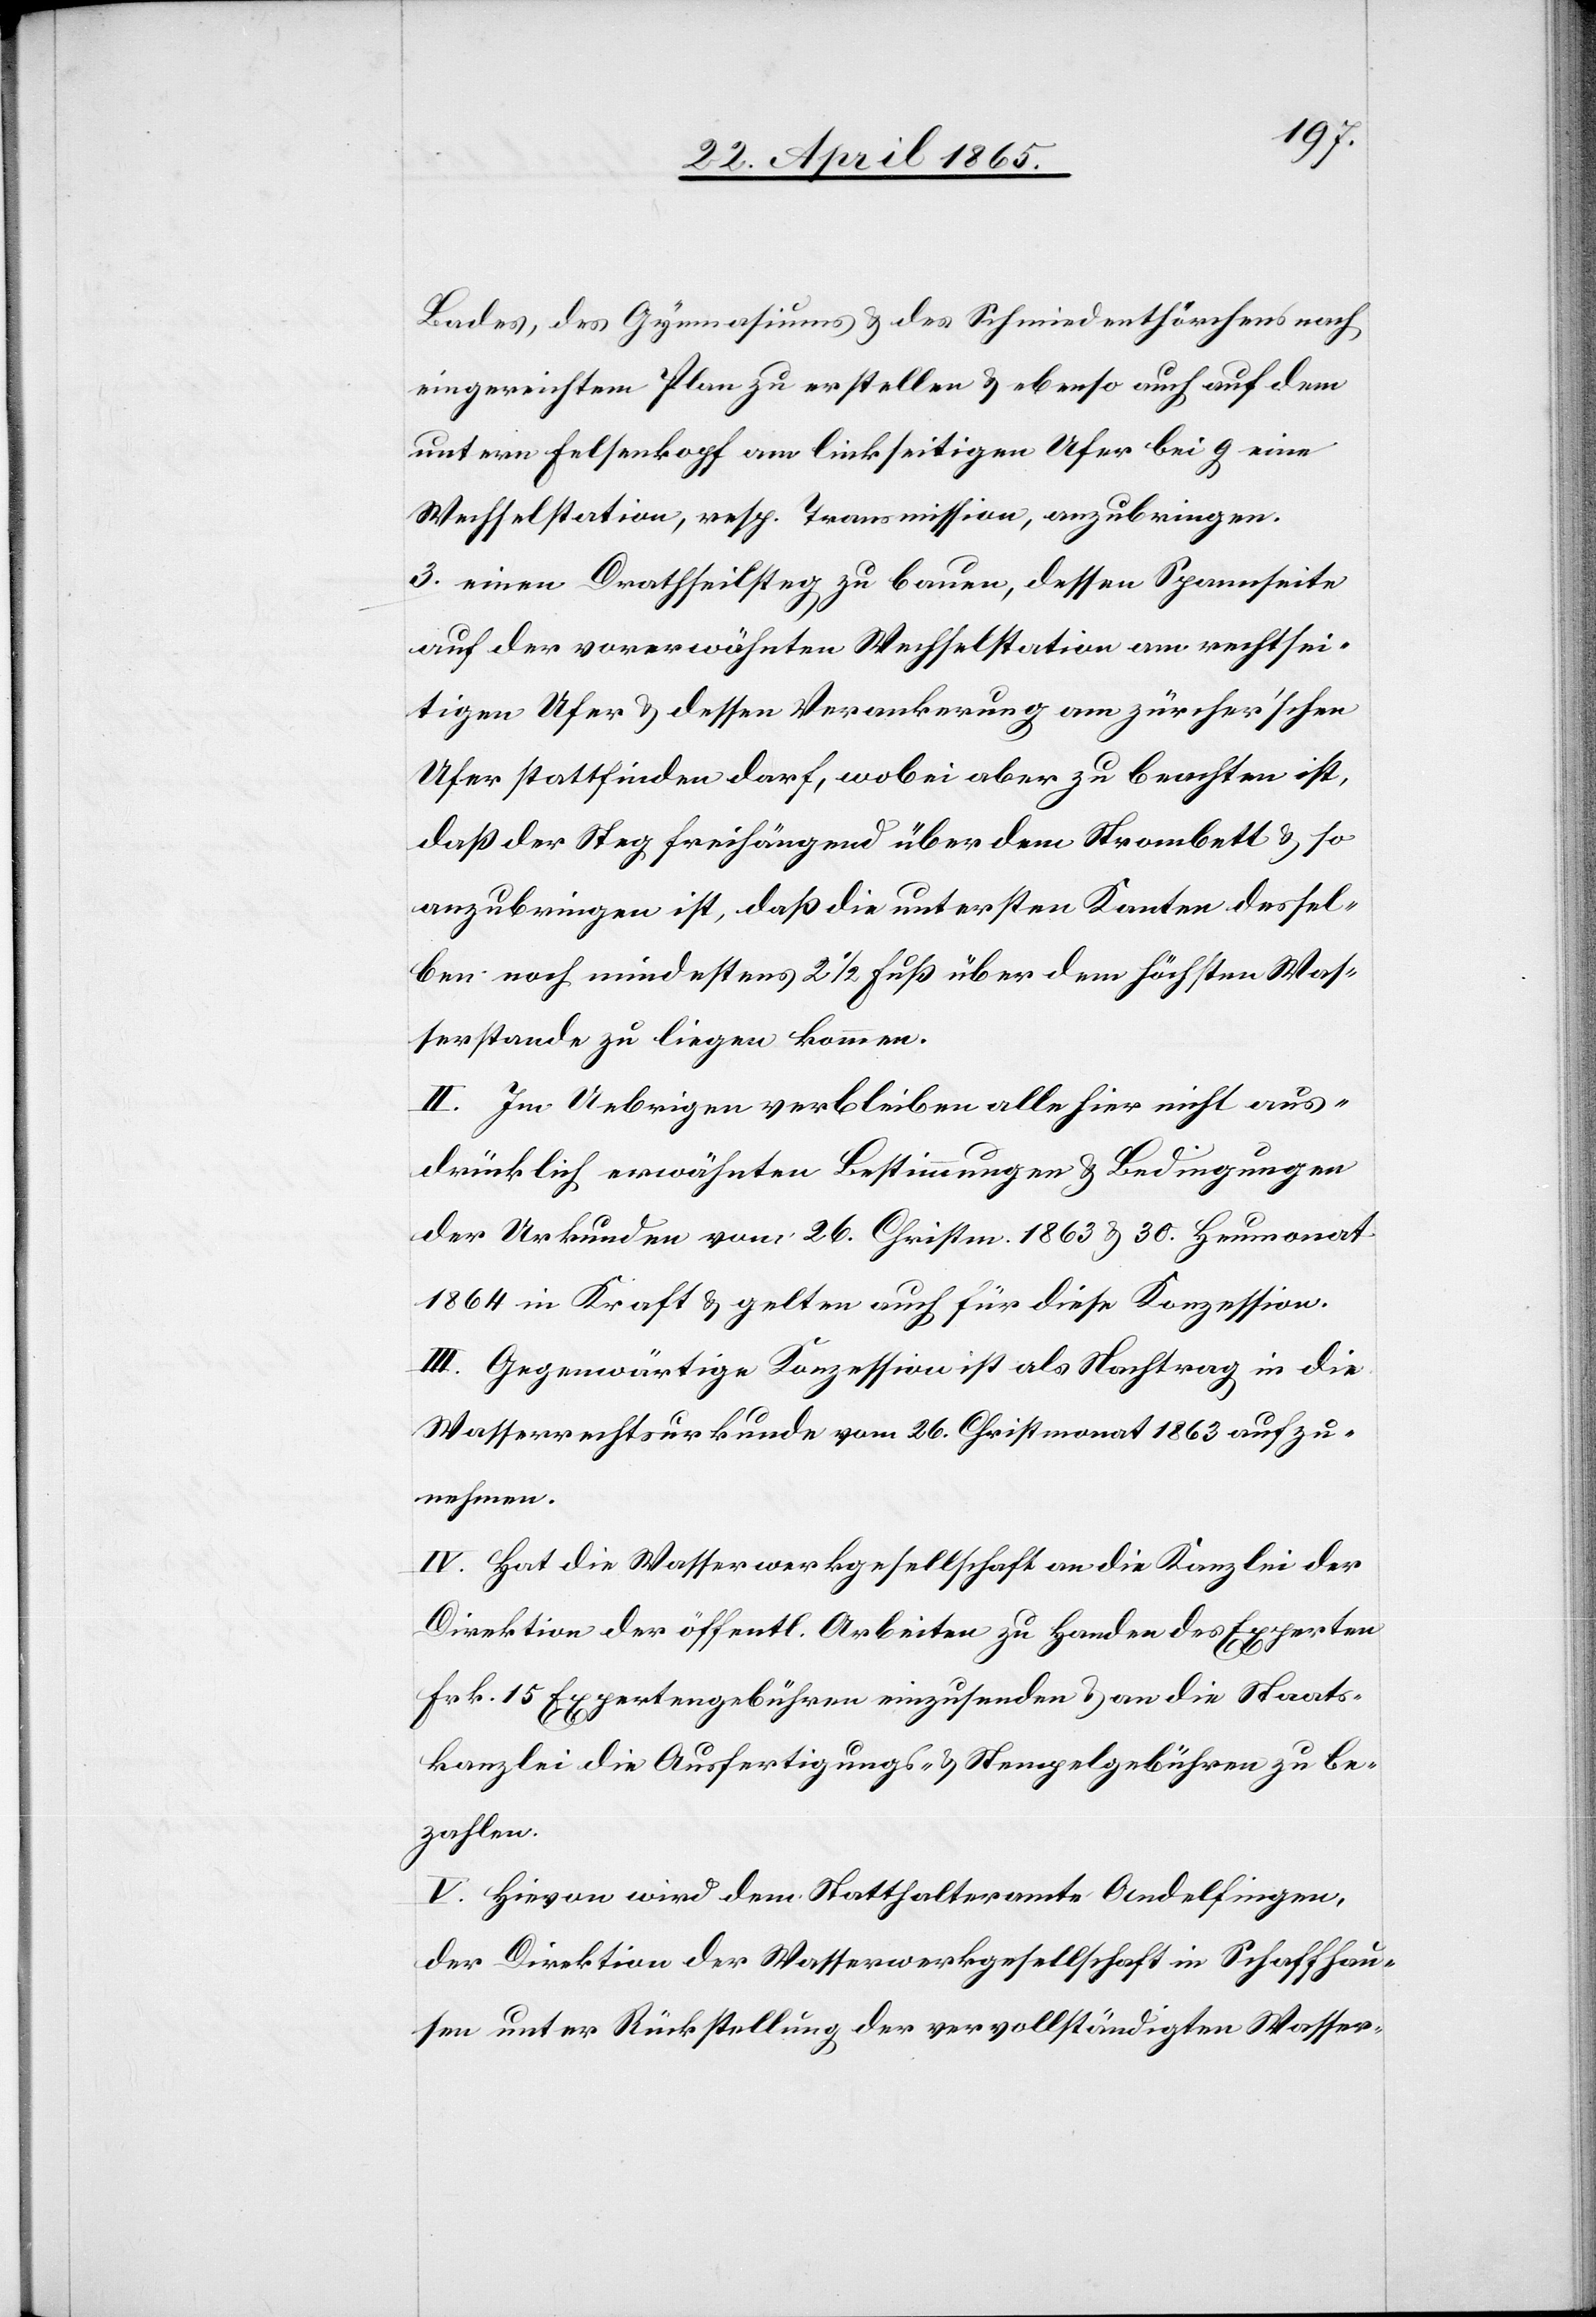
Bades, des Gymnasiums & des Schmiedenthörchens nach
eingereichtem Plan erstellen & ebenso auch auf dem
untern Felsenkopf am linkseitigen Ufer bei g eine
Wechselstation, resp. Transmission, anzubringen.
3. einen Drathseilsteg zu bauen, dessen Spannseite
auf der vorerwähnten Wechselstation am rechtsei¬
tigen Ufer & dessen Verankerung am zürcher’schen
Ufer stattfinden darf, wobei aber zu beachten ist,
daß der Steg freihängend über dem Strombett & so
anzubringen ist, daß die untersten Kanten dessel¬
ben noch mindestens 2 ½ Fuß über dem höchsten Was¬
serstande zu liegen kommen.
II. Im Uebrigen verbleiben alle hier nicht aus¬
drücklich erwähnten Bestimmungen & Bedingungen
der Urkunden vom 26. Christm. 1863 & 30. Heumonat
1864 in Kraft & gelten auch für diese Konzession.
III. Gegenwärtige Konzession ist als Nachtrag in die
Wasserrechtsurkunde vom 26. Christmonat 1863 aufzu¬
nehmen.
IV. Hat die Wasserwerkgesellschaft an die Kanzlei der
Direktion der öffentl. Arbeiten zu Handen des Experten
Frk. 15 Expertengebühren einzusenden & an die Staats¬
kanzlei die Ausfertigungs- & Stempelgebühren zu be¬
zahlen.
V. Hievon wird dem Statthalteramte Andelfingen,
der Direktion der Wasserwerkgesellschaft in Schaffhau¬
sen unter Rückstellung der Vervollständigten Wasser-